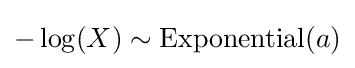
-\log(X)\sim {\textrm {Exponential}}(a)